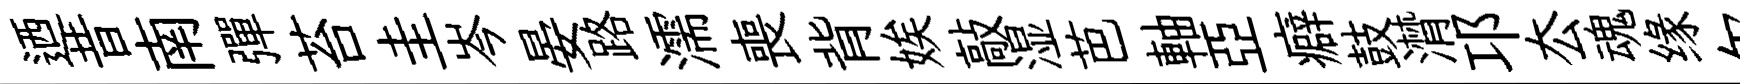
迺昔南彈苔圭岑晏路濡喪背娭敲湿芭軸亞癖鼓潸邛厺魂缘尔説